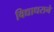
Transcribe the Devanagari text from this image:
विद्याधराने